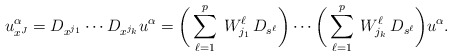
\begin{align*}u^\alpha_{x^J} = D_{x^{j_1}}\cdots D_{x^{j_k}} u^\alpha = \bigg(\sum_{\ell=1}^p\> W^\ell_{j_1} \, D_{s^\ell}\bigg) \cdots \bigg(\sum_{\ell=1}^p\> W^\ell_{j_k}\, D_{s^\ell}\bigg) u^\alpha.\end{align*}